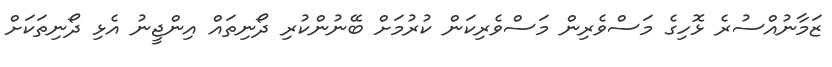
ޒަމާނުއްސުރެ ޅޮހިގެ މަސްވެރިން މަސްވެރިކަން ކުރުމަށް ބޭނުންކުރި ދޯނިތައް އިންޖީނު އެޅި ދޯނިތަކަށް